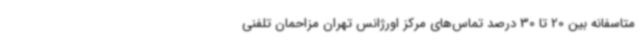
متاسفانه بین 20 تا 30 درصد تماس‌های مرکز اورژانس تهران مزاحمان تلفنی